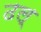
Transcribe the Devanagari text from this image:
ढल्